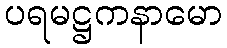
ပရမဋ္ဌကနာမော